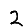
Digit: 2